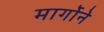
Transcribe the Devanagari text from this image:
मार्गोने